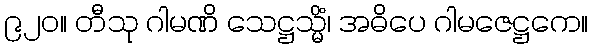
၉၂၀။ တီသု ဂါမဏိ သေဋ္ဌသ္မိံ၊ အဓိပေ ဂါမဇေဋ္ဌကေ။